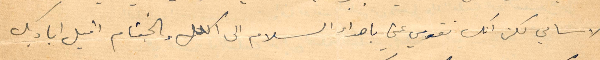
الاسامي لكن انك تقومي عني باهداء السلام الى الكل وبالختام اقبل اياديك